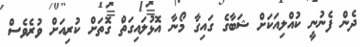
ދެން ފެނުނީ ކުއްލިއަކަށް ޝަބާގެ ގައިގާ މޯނާ އޮޅުލައިގަތް ގޮތަށް ކުރިއަށް ވުރެވެސް